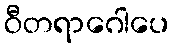
ဝီတရာဂေါပေ